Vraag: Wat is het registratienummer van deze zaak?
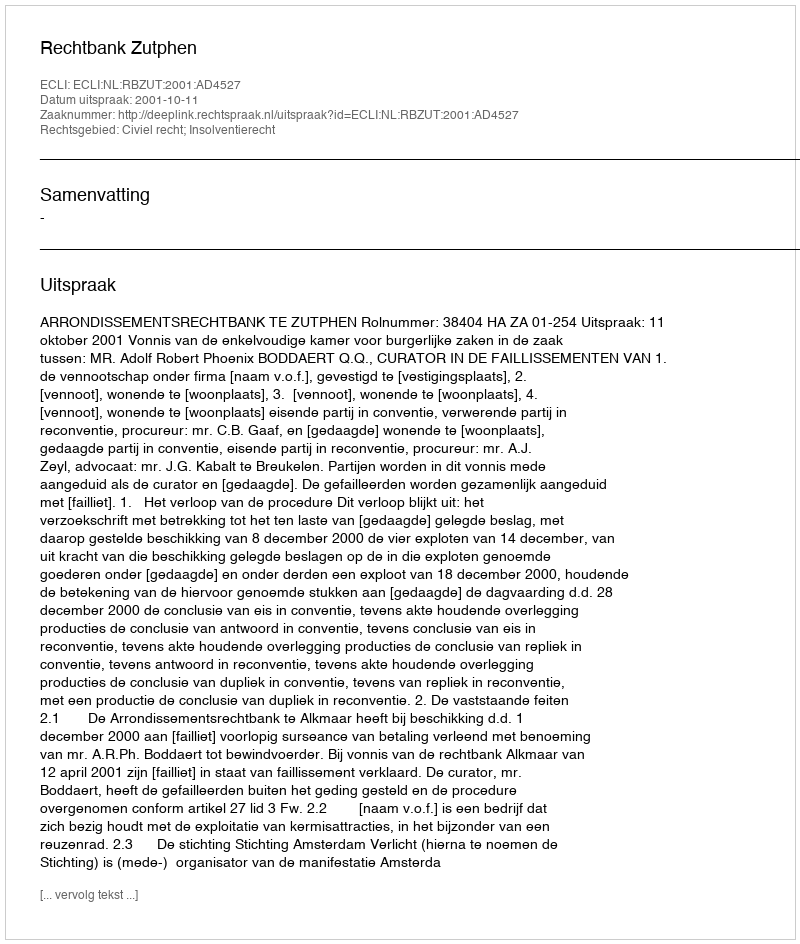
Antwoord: http://deeplink.rechtspraak.nl/uitspraak?id=ECLI:NL:RBZUT:2001:AD4527